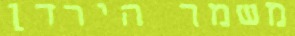
משמר הירדן